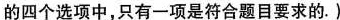
的四个选项中，只有一项是符合题目要求的.）